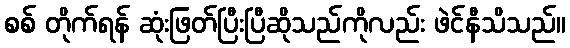
စစ် တိုက်ရန် ဆုံးဖြတ်ပြီးပြီဆိုသည်ကိုလည်း ဖဲင်နီသိသည်။